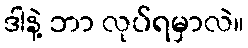
ဒါနဲ့ ဘာ လုပ်ရမှာလဲ။